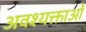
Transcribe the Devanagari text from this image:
अवश्यक्ताओं